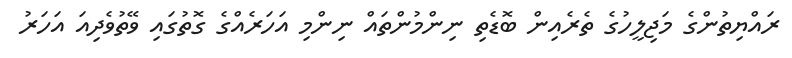
ރައްޔިތުންގެ މަޖިލީހުގެ ތެރެއިން ބޮޑެތި ނިންމުންތައް ނިންމި އަހަރެއްގެ ގޮތުގައި ވޭތުވެދިއަ އަހަރު